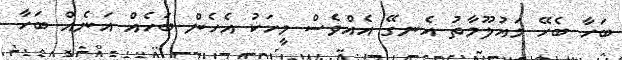
ބަހާ ބެހޭ މައުލޫމާތު އެނގޭ އެއްވެސް މީހަކު އެހެން ބަހެއް އަނެއް ބަހާ